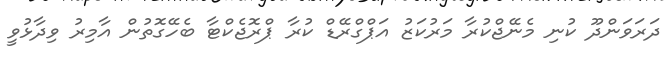
ދަރަވަންދޫ ކުނި މެނޭޖްކުރާ މަރުކަޒު އަޕްގްރޭޑް ކުރާ ޕްރޮޖެކްޓާ ބެހޭގޮތުން އާމިރު ވިދާޅުވީ